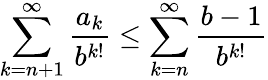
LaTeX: \sum_{k=n+1}^{\infty}{\frac{a_{k}}{b^{k!}}}\leq\sum_{k=n}^{\infty}{\frac{b-1}{b^{k!}}}